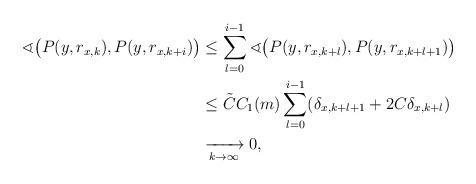
LaTeX: \begin{align*} \sphericalangle\big(P(y,r_{x,k}),P(y,r_{x,k+i})\big) &\leq \sum \limits_{l=0}^{i-1} \sphericalangle\big(P(y,r_{x,k+l}),P(y,r_{x,k+l+1})\big)\\ &\leq \tilde C C_1(m) \sum \limits_{l=0}^{i-1} (\delta_{x,k+l+1}+2 C \delta_{x,k+l})\\ &\xrightarrow[k \to \infty]{} 0, \end{align*}